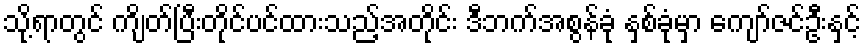
သို့ရာတွင် ကျိတ်ပြီးတိုင်ပင်ထားသည့်အတိုင်း ဒီဘက်အစွန်ခုံ နှစ်ခုံမှာ ကျော်ဇင်ဦးနှင့်